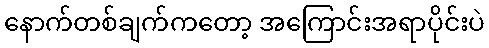
နောက်တစ်ချက်ကတော့ အကြောင်းအရာပိုင်းပဲ